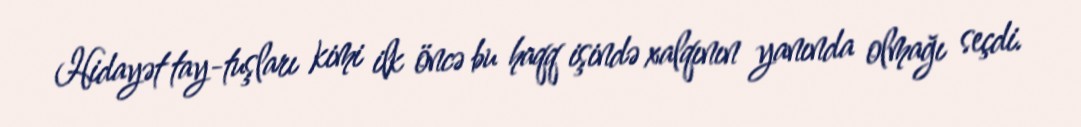
Hidayət tay-tuşları kimi ilk öncə bu haqq işində xalqının yanında olmağı seçdi.